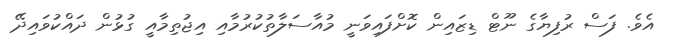
އެވެ. ފަސް ރުފިޔާގެ ނޫޓް ޑިޒައިން ކޮށްފައިވަނީ މުއާސަލާތުކުރުމާއި އިޖުތިމާއީ ގުޅުން ދައްކުވައިދޭ